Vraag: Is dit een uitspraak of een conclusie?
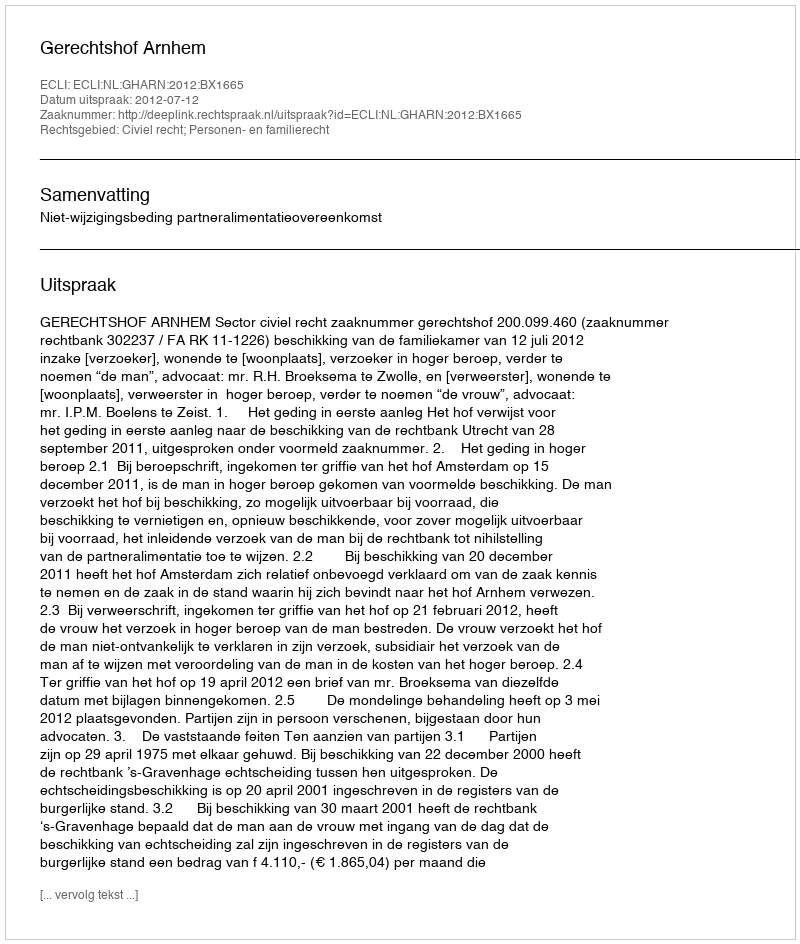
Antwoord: Uitspraak